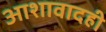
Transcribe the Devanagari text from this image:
आशावादही